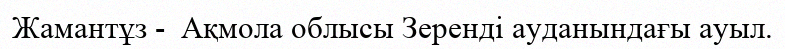
Жамантұз -  Ақмола облысы Зеренді ауданындағы ауыл.